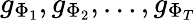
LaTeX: g_{\Phi_{1}},g_{\Phi_{2}},\ldots,g_{\Phi_{T}}